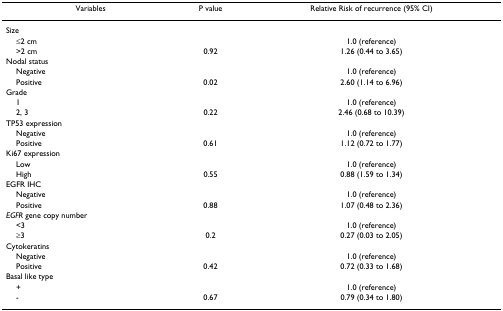
<table><thead><tr><td><b>Variables</b></td><td><b>P value</b></td><td><b>Relative Risk of recurrence (95% CI)</b></td></tr></thead><tbody><tr><td>Size</td><td></td><td></td></tr><tr><td> ≤2 cm</td><td></td><td>1.0 (reference)</td></tr><tr><td> &gt;2 cm</td><td>0.92</td><td>1.26 (0.44 to 3.65)</td></tr><tr><td>Nodal status</td><td></td><td></td></tr><tr><td> Negative</td><td></td><td>1.0 (reference)</td></tr><tr><td> Positive</td><td>0.02</td><td>2.60 (1.14 to 6.96)</td></tr><tr><td>Grade</td><td></td><td></td></tr><tr><td> 1</td><td></td><td>1.0 (reference)</td></tr><tr><td> 2, 3</td><td>0.22</td><td>2.46 (0.68 to 10.39)</td></tr><tr><td>TP53 expression</td><td></td><td></td></tr><tr><td> Negative</td><td></td><td>1.0 (reference)</td></tr><tr><td> Positive</td><td>0.61</td><td>1.12 (0.72 to 1.77)</td></tr><tr><td>Ki67 expression</td><td></td><td></td></tr><tr><td> Low</td><td></td><td>1.0 (reference)</td></tr><tr><td> High</td><td>0.55</td><td>0.88 (1.59 to 1.34)</td></tr><tr><td>EGFR IHC</td><td></td><td></td></tr><tr><td> Negative</td><td></td><td>1.0 (reference)</td></tr><tr><td> Positive</td><td>0.88</td><td>1.07 (0.48 to 2.36)</td></tr><tr><td><i>EGFR </i>gene copy number</td><td></td><td></td></tr><tr><td> &lt;3</td><td></td><td>1.0 (reference)</td></tr><tr><td> ≥3</td><td>0.2</td><td>0.27 (0.03 to 2.05)</td></tr><tr><td>Cytokeratins</td><td></td><td></td></tr><tr><td> Negative</td><td></td><td>1.0 (reference)</td></tr><tr><td> Positive</td><td>0.42</td><td>0.72 (0.33 to 1.68)</td></tr><tr><td>Basal like type</td><td></td><td></td></tr><tr><td> +</td><td></td><td>1.0 (reference)</td></tr><tr><td> -</td><td>0.67</td><td>0.79 (0.34 to 1.80)</td></tr></tbody></table>